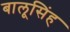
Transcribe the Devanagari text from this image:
बालूसिंह